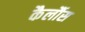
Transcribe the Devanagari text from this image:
कैर्लौस